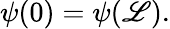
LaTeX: \psi(0)=\psi(\mathscr{L}).